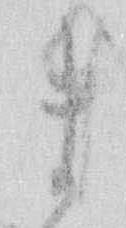
ま